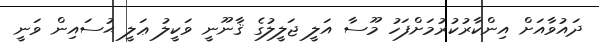
ދައުވާއަށް އިންކާރުކުރުމަށްފަހު މޫސާ އަލީ ޖަލީލުގެ ޤާނޫނީ ވަކީލު ޢަލީ ޙުސައިން ވަނީ